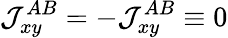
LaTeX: \mathcal{J}_{xy}^{AB}=-\mathcal{J}_{xy}^{AB}\equiv 0